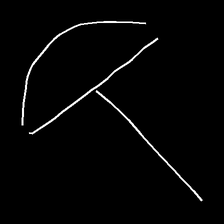
Glyph: dispersion